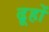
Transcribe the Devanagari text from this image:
ढूहों